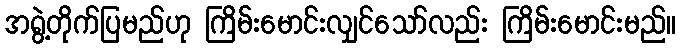
အရွဲ့တိုက်ပြမည်ဟု ကြိမ်းမောင်းလျှင်သော်လည်း ကြိမ်းမောင်းမည်။